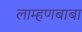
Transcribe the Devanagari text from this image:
लाम्हणबाबा